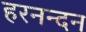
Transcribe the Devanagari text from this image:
हरनन्दन